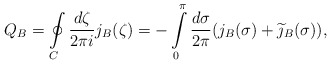
\begin{align*}Q_B=\oint\limits_C\frac{d\zeta}{2\pi i}j_B(\zeta)=-\int\limits_0^{\pi}\frac{d\sigma}{2\pi}(j_B(\sigma)+\widetilde{\jmath}_B(\sigma)), \end{align*}